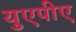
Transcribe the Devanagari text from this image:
युएपीए